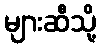
များဆီသို့